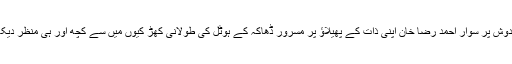
مگر ہواکے دوش پر سوار احمد رضا خان اپنی ذات کے پھیلاؤ پر مسرور ڈھاکہ کے ہوٹل کی طولانی کھڑ کیوں میں سے کچھ اور ہی منظر دیکھ رہے تھے۔